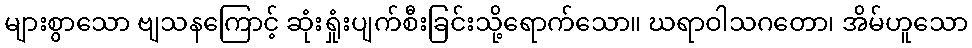
များစွာသော ဗျသနကြောင့် ဆုံးရှုံးပျက်စီးခြင်းသို့ရောက်သော။ ဃရာဝါသဂတော၊ အိမ်ဟူသော